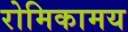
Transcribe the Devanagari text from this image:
रोमिकामय